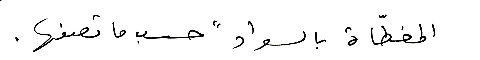
المغطّاة بالسواد "حسب ما تصفها.